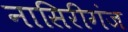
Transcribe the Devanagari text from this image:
नासिरीगंज